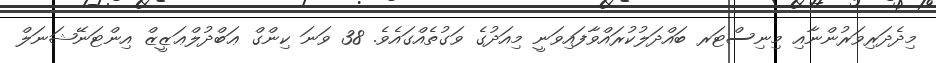
މިދެދަރިވަރުންނާއި މިނިސްޓަރ ބައްދަލުކުރައްވާފައިވަނީ މިއަދުގެ ވަގުތެއްގައެވެ. 38 ވަނަ ކިންގް ޢަބްދުލްޢަޒީޒް އިންޓަނޭޝަނަލް